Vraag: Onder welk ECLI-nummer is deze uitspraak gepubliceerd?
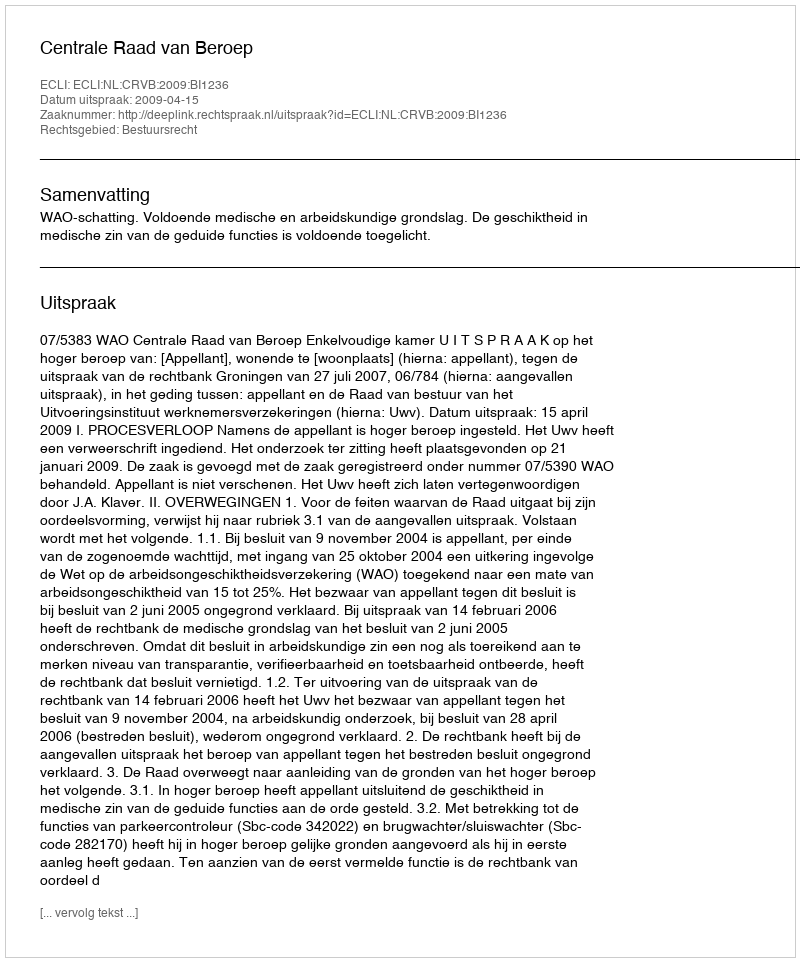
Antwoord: ECLI:NL:CRVB:2009:BI1236